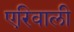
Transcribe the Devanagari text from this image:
एरिवाली